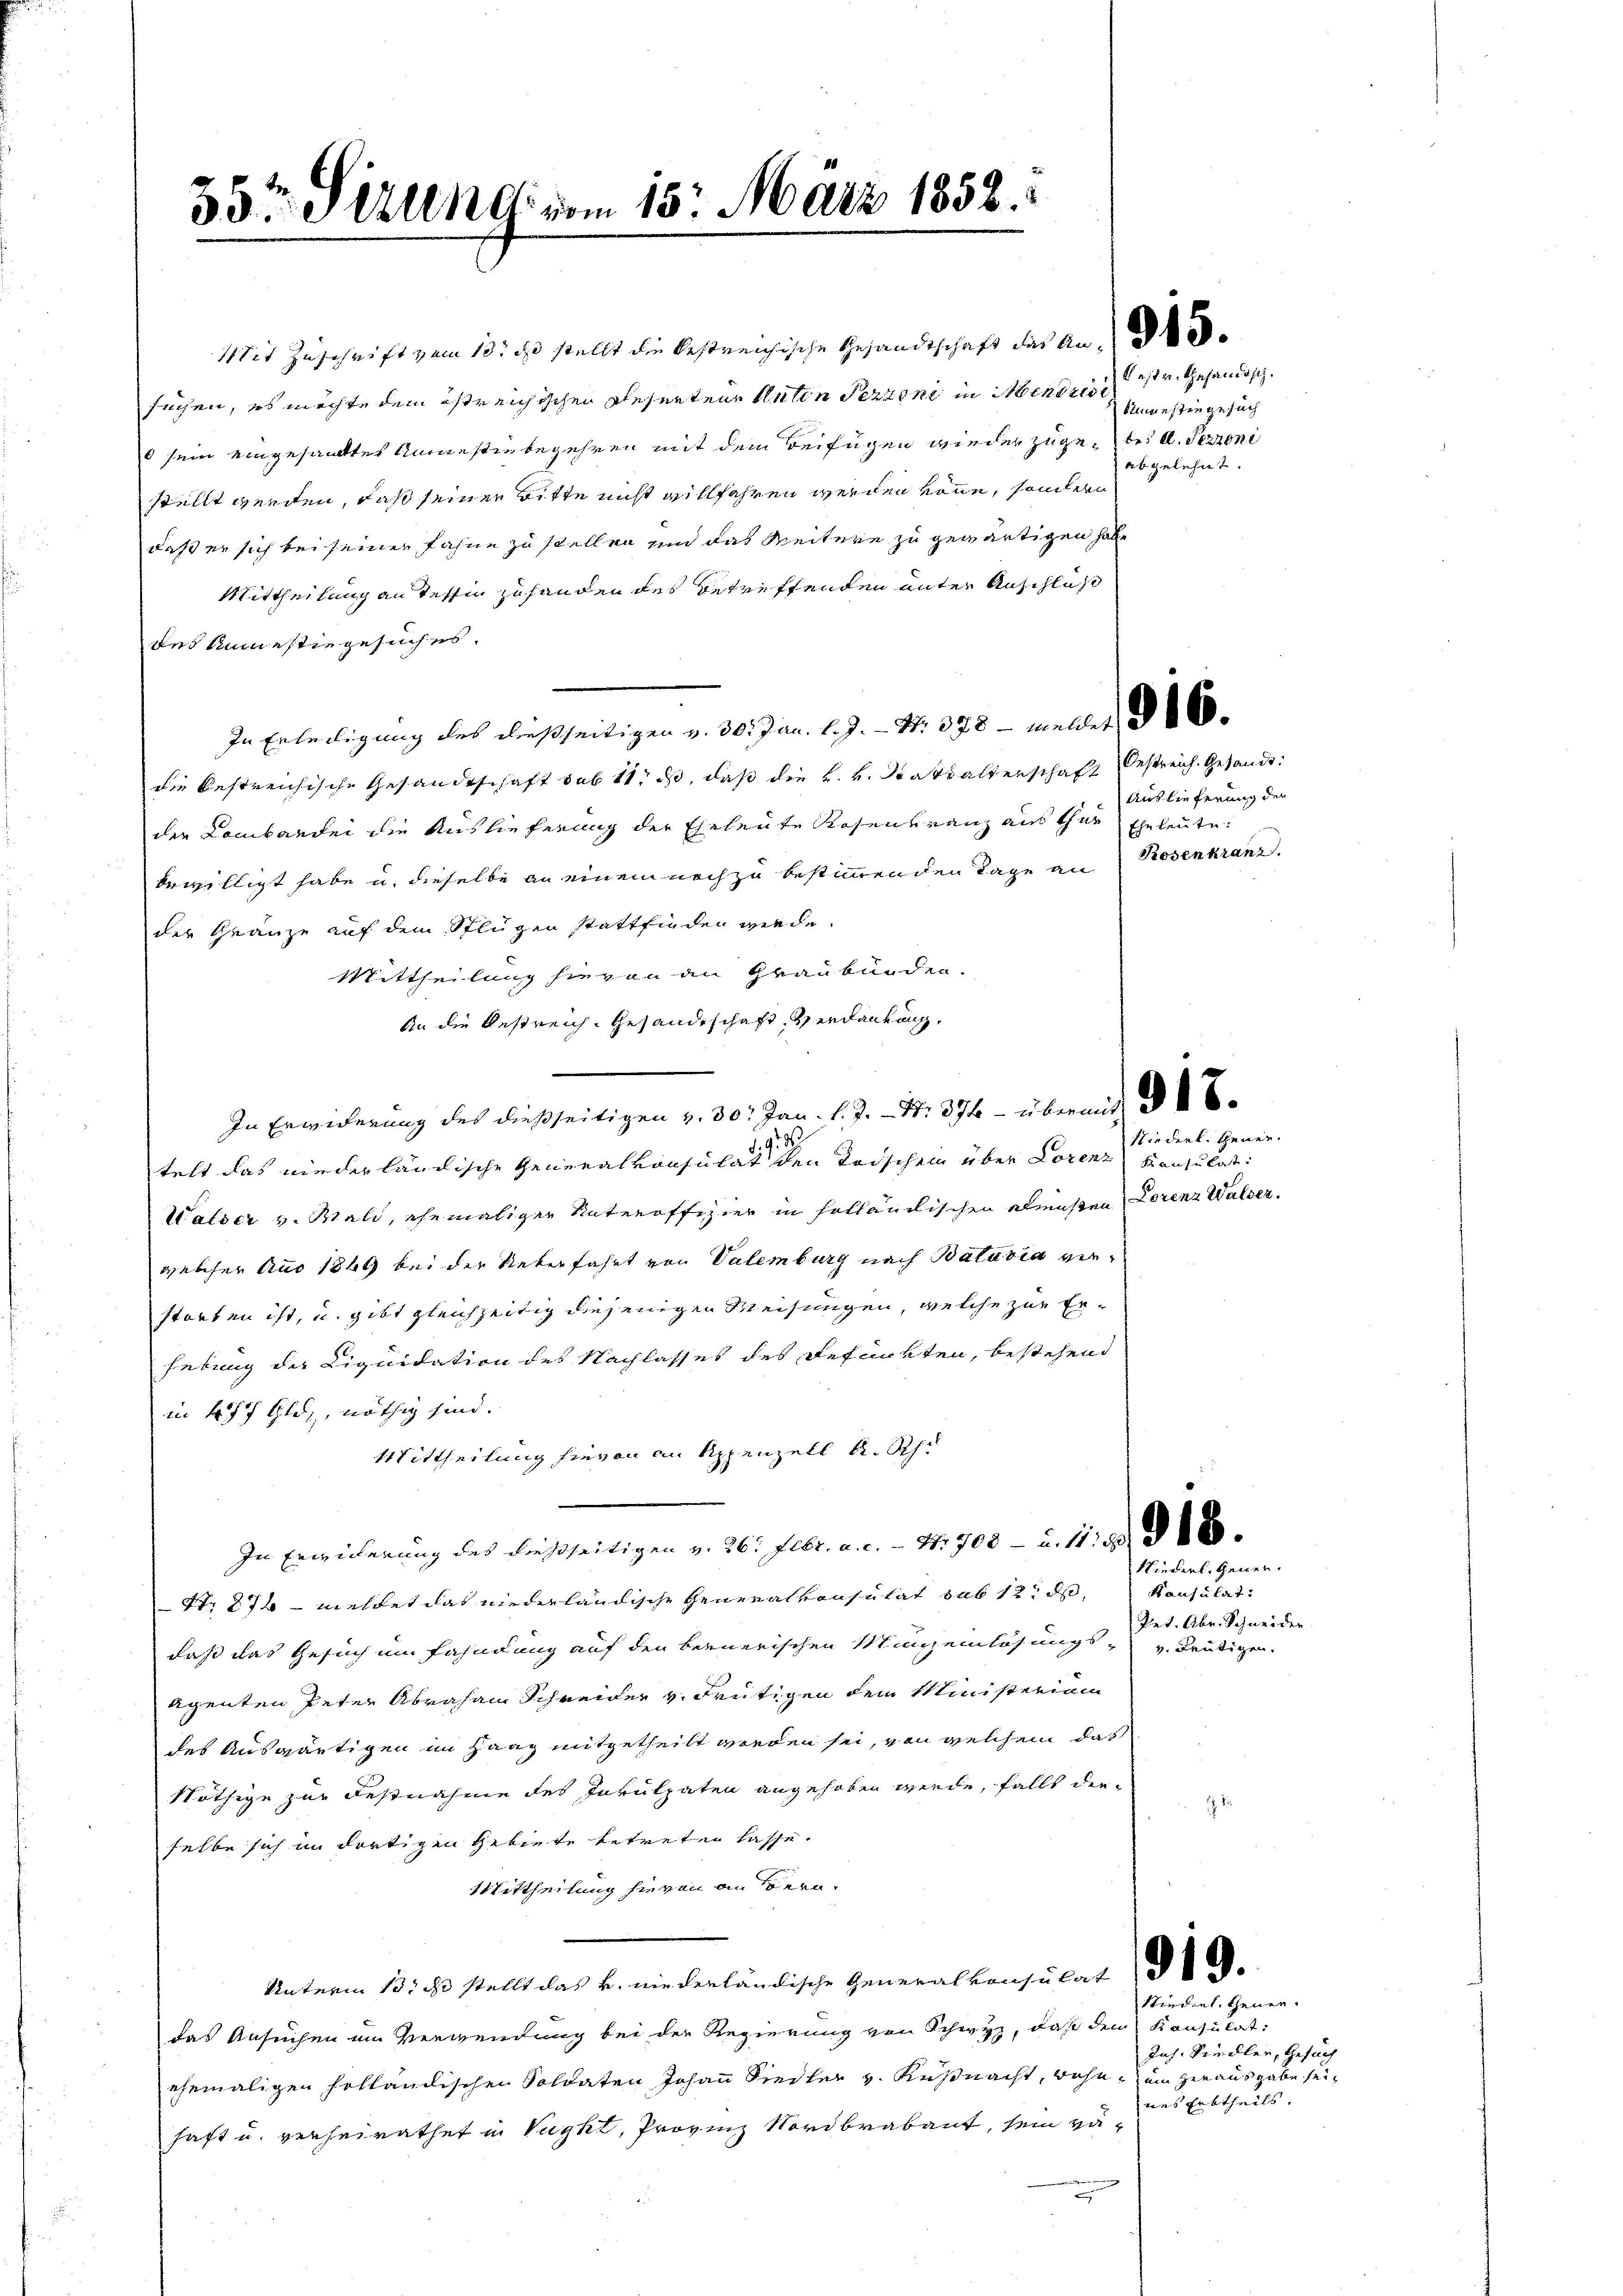
E

35ten Althat vom 15. März 1858.

Mit Zuschrift vom 13. ds. stellt die bestreichische Gesandtschaft das An
suchen, es möchte dem östreichischen Gesertene Anton Pezzene in Menden ist. Gehändisch.
d sein eingesandtes Ancestin begehren mit dem Beifügen wieder zuge, bei A. Perroni
stellt werden, daß seinen Bitte nicht willfahren werden könne, sondern
daß er sich bei seiner Fahne zu stellen und das Weitere zu gewärtigen habe,
Mittheilung an Tessin zuhanden des betreffenden unter Anschluß
des Annestiegesuches.
In Erteiligung des dießseitigen v. 30. Jan. l. J. - N. 378 – meldet d
die bestreichische Gesandtschaft sub 11. ds, daß die k. k. Stattalterschaft Oestreich. Gesandt:
die Lambandei die Auslieferung der Eheleute Rosenkranz aus thue Eheleute
bewilligt habe u. dieselbe an einem noch zu bestimmenden Tage an Rosenkranz.
der Gränze auf dem Schlügen stattfinden werde.
Mittheilung hievon an Graubünden.
An die Bestreich, Gesandtschaft Verdankung.
In Erwiderung des dießseitigen v. 30. Jan. l. J. - N. 374 - übermit d
.
telt das niederländische Generalvonsulat den Todschen über Lorenz Konsulati
Walser v. Wald, ehemaliger Unteroffizier in holländischen Beisten Lorenz Walser
gelfer Aus 1849 bei der Vaterfahrt von Valemburg nach Batavia verstorfen ist, u. gibt gleichzeitig diejenigen Weisungen, welche zur Erhebung der Liquidation des Nachlasses des gefunkten, bestehend
in 477 Gldy, nöthig sind. |
Mittheilung hievon an Appenzell A. Schu
In Erwicherung des dießseitigen v. 26. Febr. a. c. - 44708 - u. 11. d. d. 16.
Str. 272 - meldet das niederländische Generalkonsulat das 12 d. Konsulat
daß das Gesuch im Fahndung auf den bernerischen Mannenlösungs¬
Agenten Peter Abraham Schreider v. Frutigen dem Ministerium
des Auswärtigen im Haag mitgetheilt worden sei, von welchem das
Nöthige zur Festnahme des Inkulpaten angehoben werde, falls die
selbe sich im dortigen Gebiete betreten lasse.
Mittheilung hievon an Bern.
Unterm 13. ds stellt das v. niederländische Generalkonsulat
das Ansuchen im Verwendung bei der Regierung von Schwyz, daß dem Konsulat:
ehemaligen holländischen Soldaten Johann Siedler v. Küßnacht, wohne ein herausgabe seihaft u. verheirathet in Vught, Provinz Nordbrabant, sein vä-
d

Sinnensten gesuch
abgelehnt.

Auslieferung der

Niederl. Gener.

Niederl. Gener.
Ret. Abr. Schneider
v. Beutigen.

7

Stiederl. Gener-
Joh. Seidler, Gesuch
nes Erbtheils.